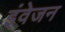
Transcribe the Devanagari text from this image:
इंवेजन